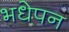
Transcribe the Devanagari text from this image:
भधेपन